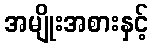
အမျိုးအစားနှင့်